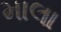
માલા